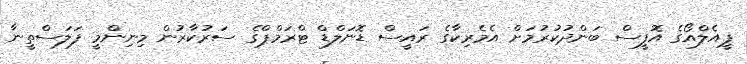
ޕީއެލްއޯގެ އޮފީސް ބަންދުކުރުމަށް އެމެރިކާގެ ރައީސް ޑޮނަލްޑް ޓްރަމްޕްގެ ސަރުކާރުން މިނިންމީ ފަލަސްތީނާ